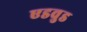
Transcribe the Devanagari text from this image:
एडवुड